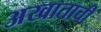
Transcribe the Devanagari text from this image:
अखाताची